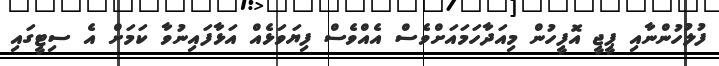
ފުލުހުންނާއި ޕީޖީ އޮފީހުން މިއަދާހަމައަށްވެސް އެއްވެސް ފިޔަވަޅެއް އަޅާފައިނުވާ ކަމަށް އެ ސިޓީގައި